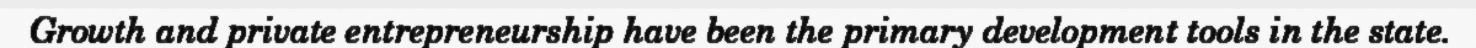
Growth and private entrepreneurship have been the primary development tools in the state.